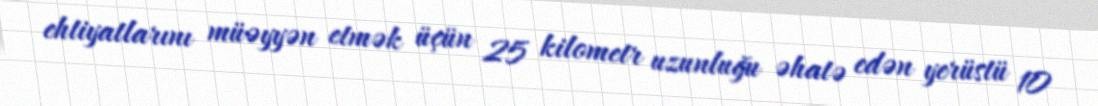
ehtiyatlarını müəyyən etmək üçün 25 kilometr uzunluğu əhatə edən yerüstü 10